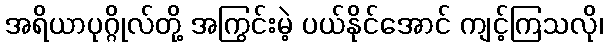
အရိယာပုဂ္ဂိုလ်တို့ အကြွင်းမဲ့ ပယ်နိုင်အောင် ကျင့်ကြသလို၊